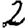
Digit: 2